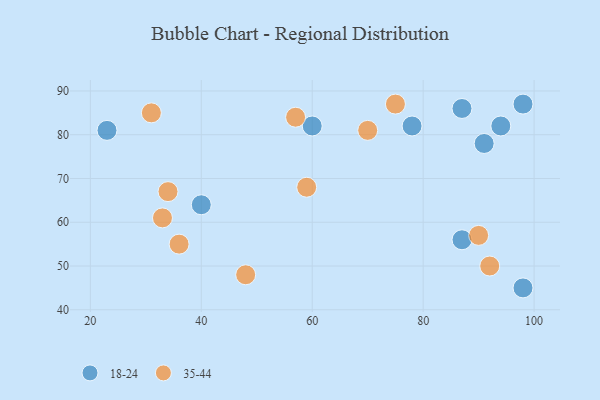
{"axis": {"x": "GDP", "y": "Life Expectancy"}, "legend": ["18-24", "35-44"], "data": [{"x": "60", "y": 82, "type": "18-24"}, {"x": "94", "y": 82, "type": "18-24"}, {"x": "98", "y": 87, "type": "18-24"}, {"x": "87", "y": 56, "type": "18-24"}, {"x": "23", "y": 81, "type": "18-24"}, {"x": "78", "y": 82, "type": "18-24"}, {"x": "91", "y": 78, "type": "18-24"}, {"x": "98", "y": 45, "type": "18-24"}, {"x": "87", "y": 86, "type": "18-24"}, {"x": "40", "y": 64, "type": "18-24"}, {"x": "70", "y": 81, "type": "35-44"}, {"x": "92", "y": 50, "type": "35-44"}, {"x": "59", "y": 68, "type": "35-44"}, {"x": "48", "y": 48, "type": "35-44"}, {"x": "36", "y": 55, "type": "35-44"}, {"x": "31", "y": 85, "type": "35-44"}, {"x": "75", "y": 87, "type": "35-44"}, {"x": "33", "y": 61, "type": "35-44"}, {"x": "34", "y": 67, "type": "35-44"}, {"x": "90", "y": 57, "type": "35-44"}, {"x": "57", "y": 84, "type": "35-44"}]}